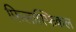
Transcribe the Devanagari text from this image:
फिलास्फिकल